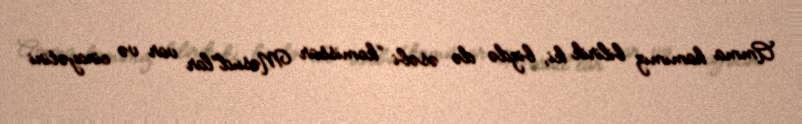
Amma hamımız bilirik ki, bizdə də əsəbi “komissar Məsud”lar var və cinayətini